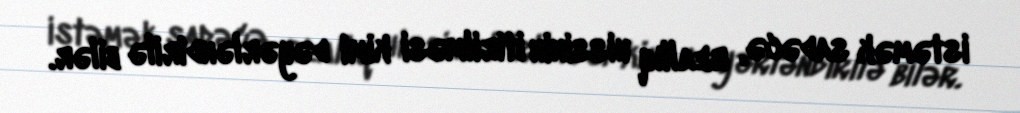
istəmək sadəcə, reallıq hissinin itirilməsi kimi dəyərləndirilə bilər.